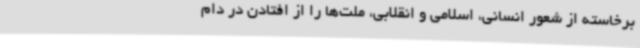
برخاسته از شعور انسانی، اسلامی و انقلابی، ملت‌ها را از افتادن در دام